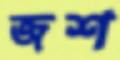
জশ